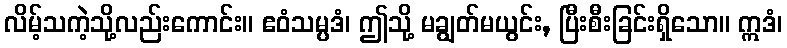
လိမ့်သကဲ့သို့လည်းကောင်း။ ဧဝံသမ္ပဒံ၊ ဤသို့ မချွတ်မယွင်း, ပြီးစီးခြင်းရှိသော။ ဣဒံ၊